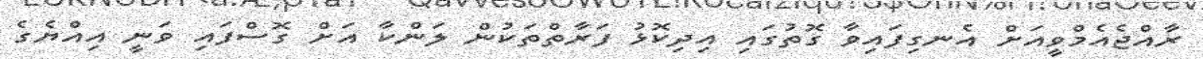
ރާއްޖެއެމްވީއަށް އެނގިފައިވާ ގޮތުގައި އިދިކޮޅު ފަރާތްތަކުން ލަންކާ އަށް ގޮސްފައި ވަނީ އިއްޔެގެ